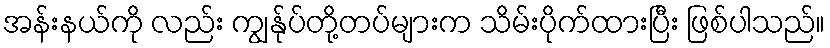
အန်းနယ်ကို လည်း ကျွန်ုပ်တို့တပ်များက သိမ်းပိုက်ထားပြီး ဖြစ်ပါသည်။